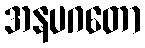
အနပဂတော